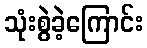
သုံးစွဲခဲ့ကြောင်း